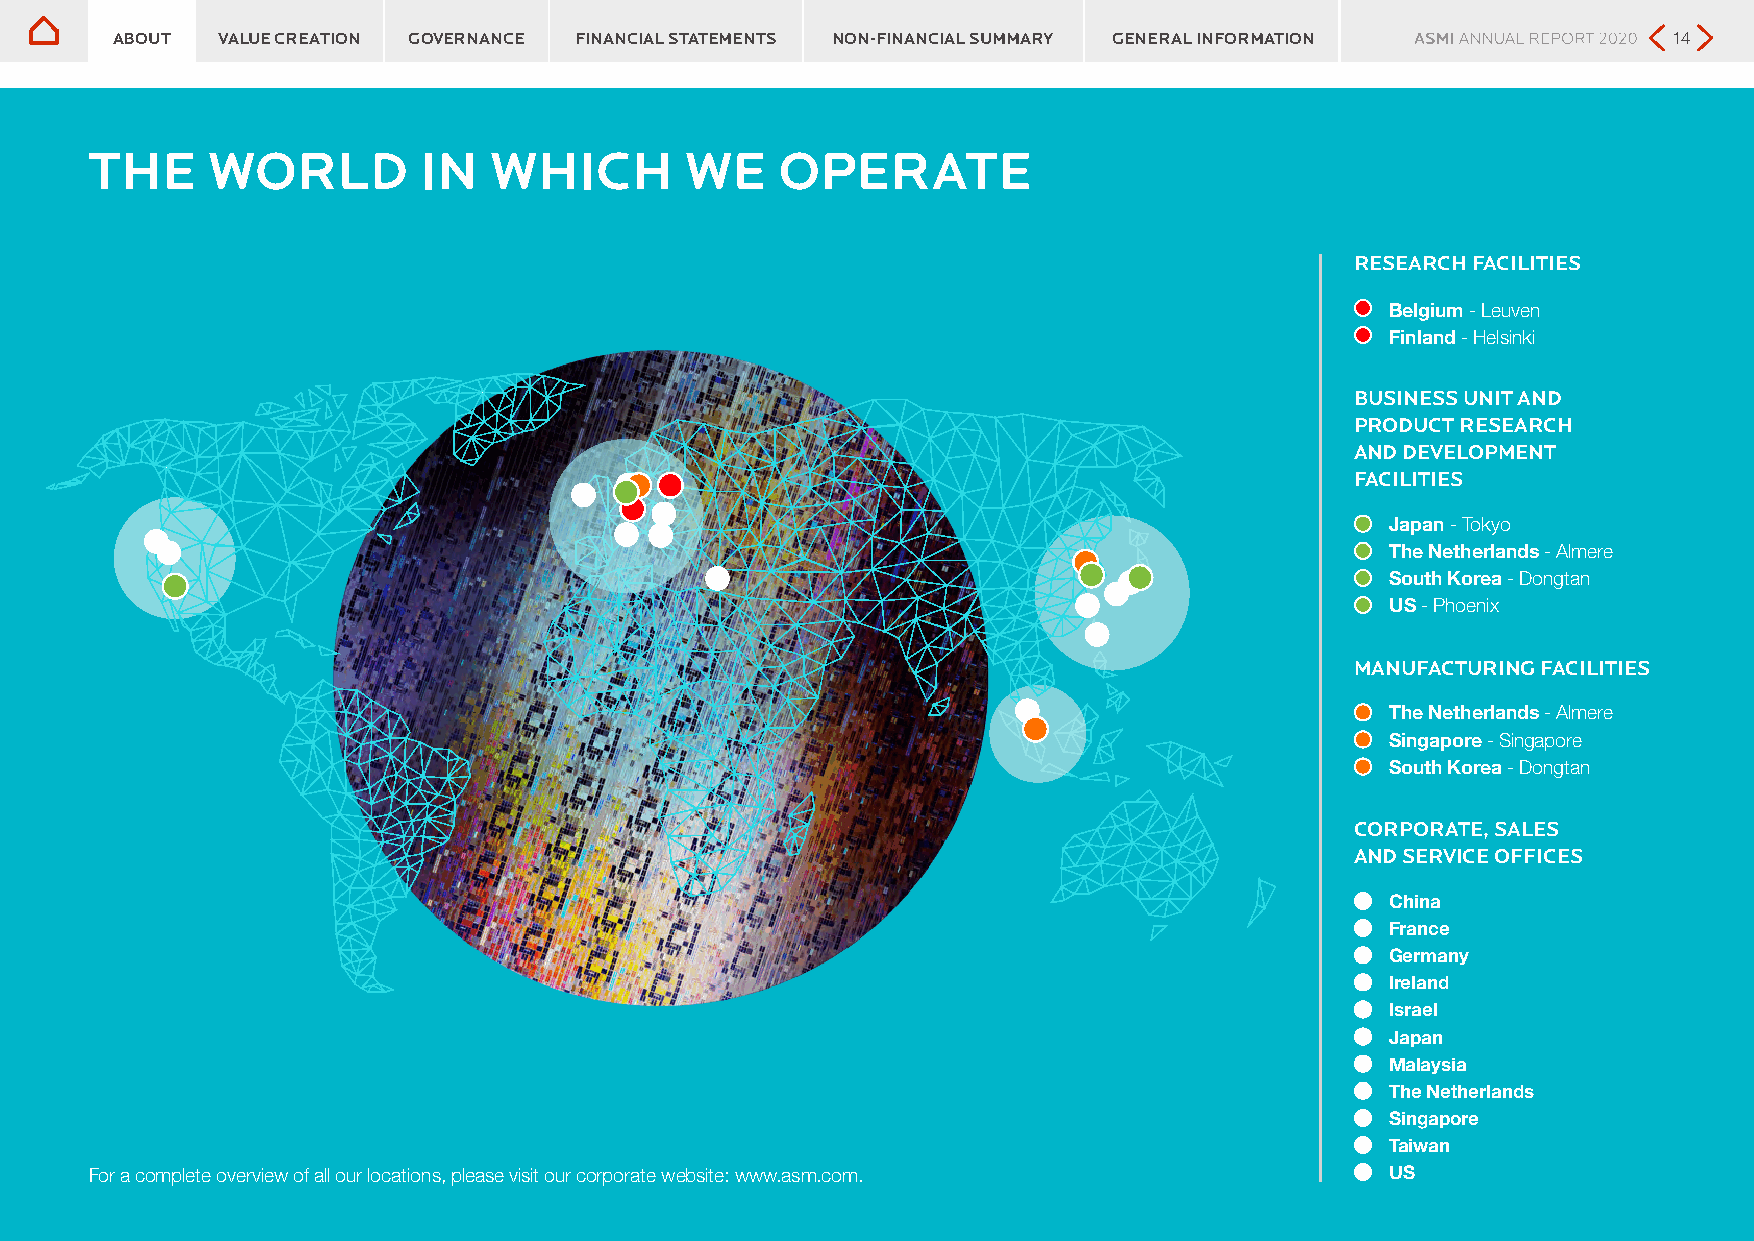
ABOUT  VALUE CREATION GOVERNANCE FINANCIAL STATEMENTS NON-FINANCIAL SUMMARY GENERAL INFORMATION         14
 THE     WORLD         IN  WHICH        WE     OPERATE
 RESEARCH FACILITIES
 Belgium - Leuven
 Finland - Helsinki
 BUSINESS UNIT AND
 PRODUCT RESEARCH
 AND DEVELOPMENT
 FACILITIES
 Japan - Tokyo
 The Netherlands - Almere
 South Korea - Dongtan
 US - Phoenix
 MANUFACTURING FACILITIES
 The Netherlands - Almere
 Singapore - Singapore
 South Korea - Dongtan
 CORPORATE, SALES
 AND SERVICE OFFICES
 China
 France
 Germany
 Ireland
 Israel
 Japan
 Malaysia
 The Netherlands
 Singapore
 Taiwan
 For a complete overview of all our locations, please visit our corporate website: www.asm.com. US